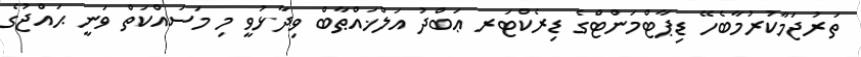
ތަރުޖަމާކުރުމާބެހޭ ޑިޕާޓްމަންޓްގެ ޑިރެކްޓަރ ޢަބްދު އަލްޚައްޠާބް ވިދާޅުވީ މި މަސައްކަތް ވަނީ ޙައްޖުގެ